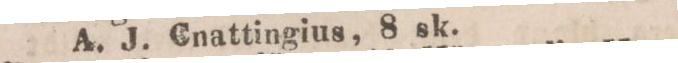
A. J. Cnattingius, 8 sk.